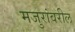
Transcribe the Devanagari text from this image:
मजुरांवरील